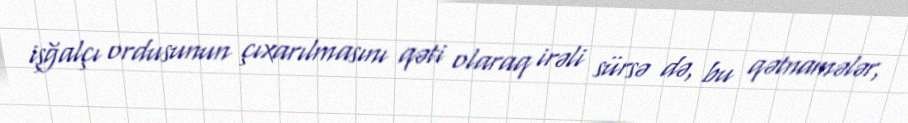
işğalçı ordusunun çıxarılmasını qəti olaraq irəli sürsə də, bu qətnamələr,